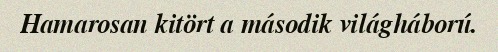
Hamarosan kitört a második világháború.